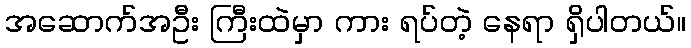
အဆောက်အဦး ကြီးထဲမှာ ကား ရပ်တဲ့ နေရာ ရှိပါတယ်။